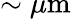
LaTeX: \sim\mu\mathrm{m}